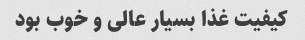
کیفیت غذا بسیار عالی و خوب بود